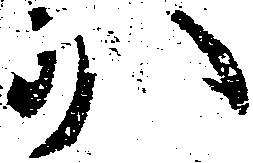
少